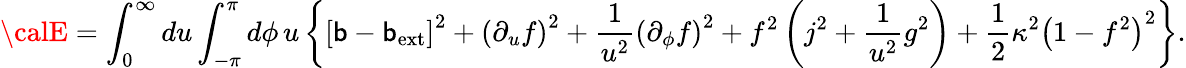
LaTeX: {\calE}=\int_{0}^{\infty}du\int_{-\pi}^{\pi}d\phi\, u\left\{ \left[\mathsf{b}-\mathsf{b}_{\mathrm{{ext}}}\right]^{2}+\left(\partial_{u}f\right)^{2}+\frac{{1}}{{u^{2}}}\left(\partial_{\phi}f\right)^{2}+f^{2}\left(j^{2}+\frac{{1}}{{u^{2}}}g^{2}\right)+\frac{{1}}{{2}}\kappa^{2}\left(1-f^{2}\right)^{2}\right\} .